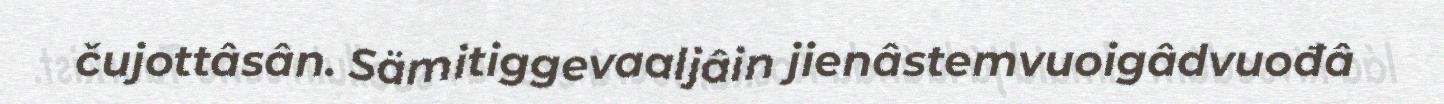
čujottâsân. Sämitiggevaaljâin jienâstemvuoigâdvuođâ